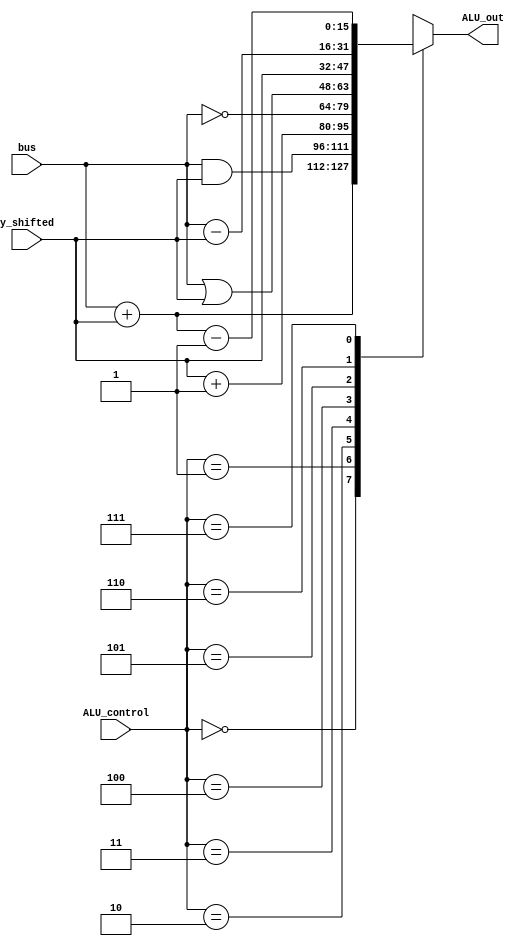
module alu (
    input [15:0] bus,
    input [15:0] y_shifted,
    output reg [15:0] ALU_out,
    input [2:0] ALU_control
);

// instantiation template
/*
alu alu_inst0(
    .bus(),
    .y_shifted(),
    .ALU_out(),
    .ALU_control()
);
*/

always @( * ) begin
    case (ALU_control)
        // alu_add
        3'b000: begin
            ALU_out = bus + y_shifted;
        end
        // alu_and
        3'b001: begin
            ALU_out = bus & y_shifted;
        end
        // alu_inc_Y_1
        3'b010: begin
            ALU_out = y_shifted + 1;
        end
        // alu_invert_bus_input
        3'b011: begin
            ALU_out = ~bus;
        end
        // alu_or
        3'b100: begin
            ALU_out = bus | y_shifted;
        end
        // alu_pass_Y
        3'b101: begin
            ALU_out = y_shifted;
        end
        // alu_subtract
        3'b110: begin
            ALU_out = bus - y_shifted;
        end
        // alu_add_decrement, needed so that PC + IR.offset is correct, not +1 what it's supposed to be
        3'b111: begin
            ALU_out = bus + y_shifted - 1;
        end
        default: begin
            ALU_out = 16'b0;
        end
    endcase
end

endmodule